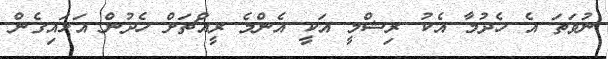
ނުވަތަ އެ ހެދުމާ އެކު ރިޝްމީ އަކީ އެންމެ ރީއްޗަށް ހެދުން އަޅައިގެން